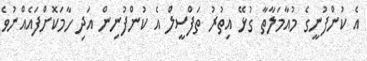
އެ ކުންފުނީގެ މުއާމަލާތާ ގުޅޭ އިތުރު ތަފްސީލް އެ ކުންފުނިން އަދި ހާމަކޮށްފައެއްނުވެ